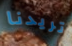
تريدنا